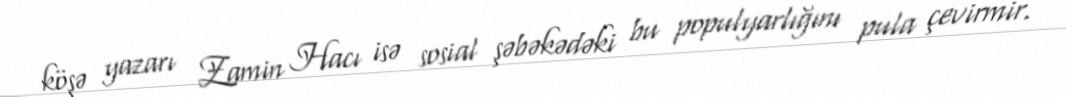
köşə yazarı Zamin Hacı isə sosial şəbəkədəki bu populyarlığını pula çevirmir.